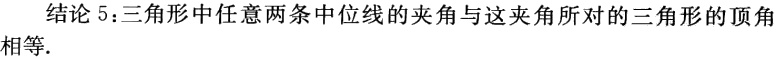
结论 5：三角形中任意两条中位线的夹角与这夹角所对的三角形的顶角相等.